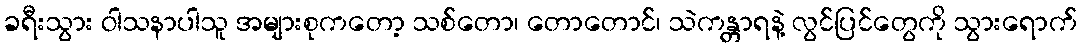
ခရီးသွား ဝါသနာပါသူ အများစုကတော့ သစ်တော၊ တောတောင်၊ သဲကန္တာရနဲ့ လွင်ပြင်တွေကို သွားရောက်